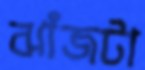
ঝাঁজটা